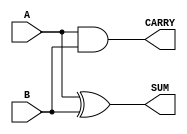
module Parameterized_Half_Adder #(
    parameter WIDTH = 1  // Parameter to define the bit-width of the inputs and outputs
)(
    input  [WIDTH-1:0] A,  // First input bit (1-bit wide)
    input  [WIDTH-1:0] B,  // Second input bit (1-bit wide)
    output [WIDTH-1:0] SUM, // Sum output (1-bit wide)
    output [WIDTH-1:0] CARRY // Carry output (1-bit wide)
);

    // Internal logic for the half-adder
    assign SUM = A ^ B;       // SUM is generated by the XOR operation
    assign CARRY = A & B;     // CARRY is generated by the AND operation

endmodule